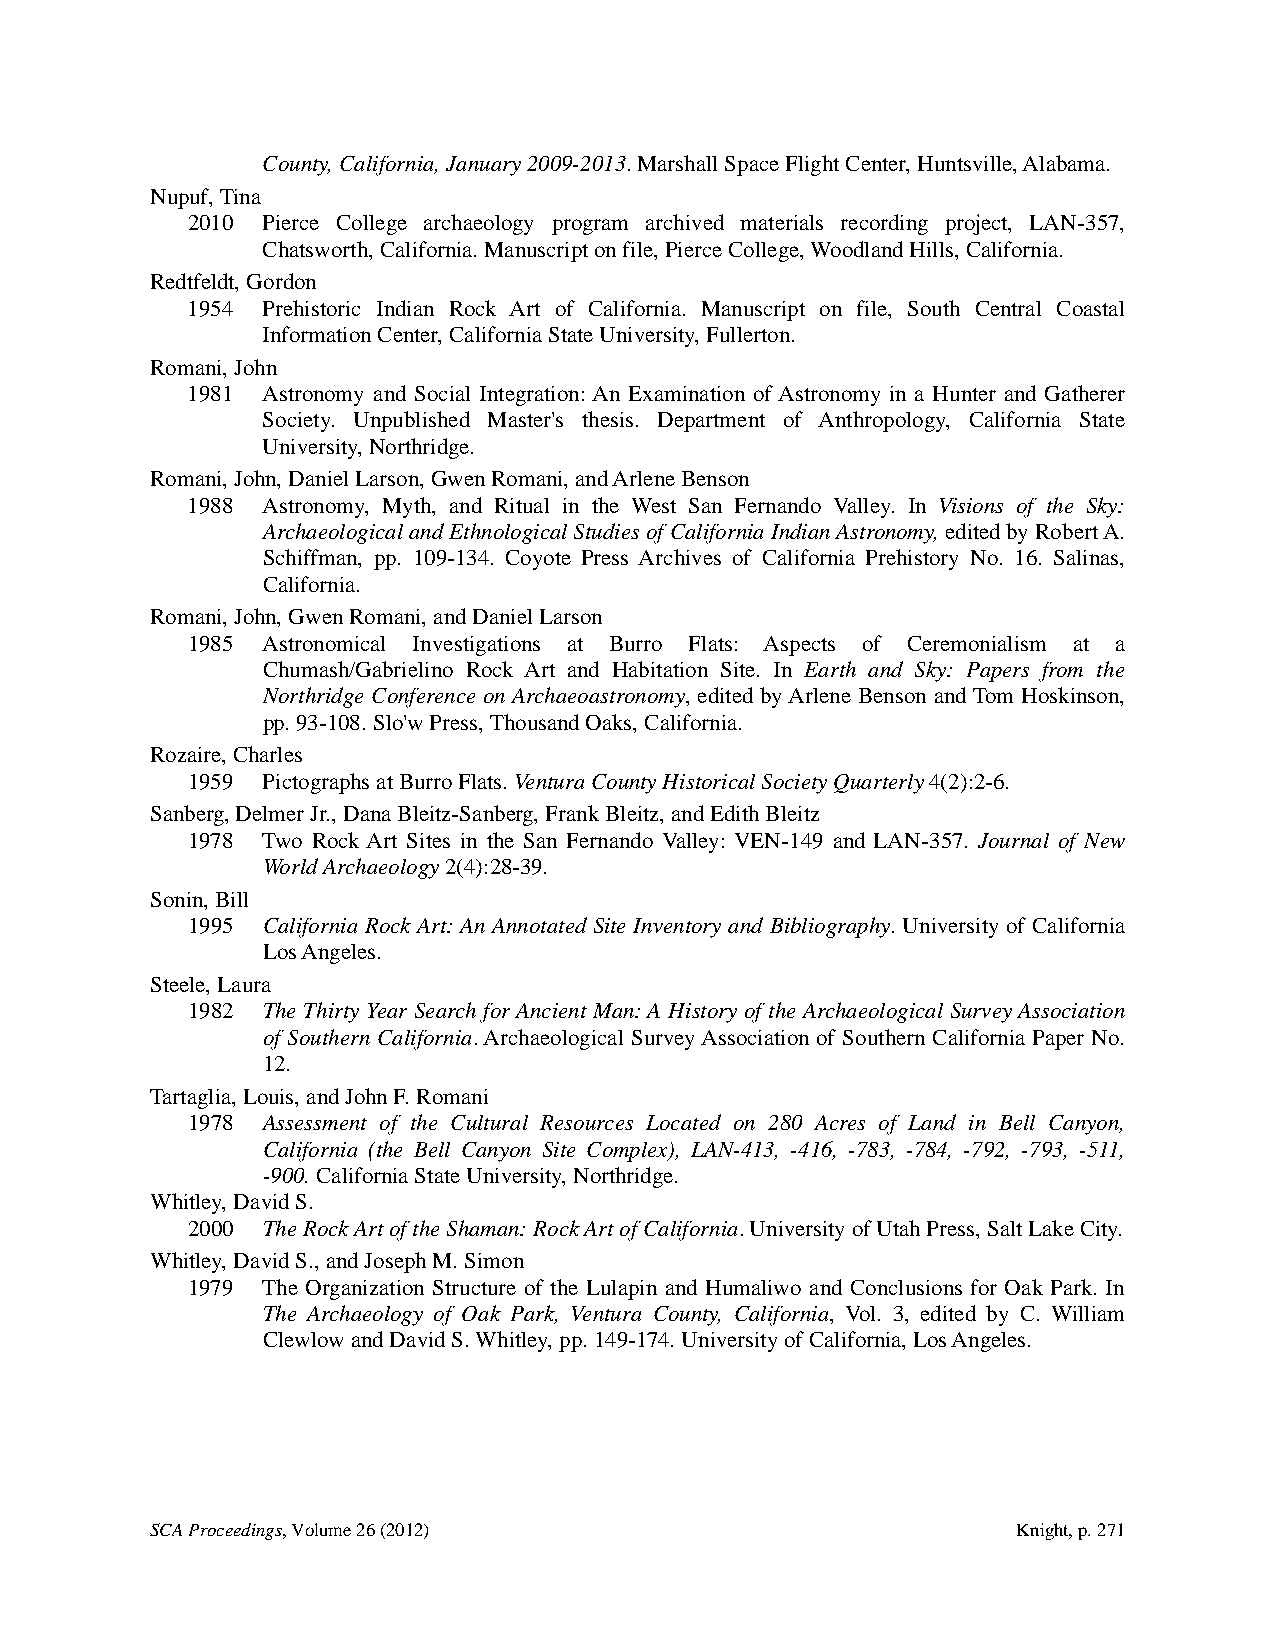
County, California, January 2009-2013. Marshall Space Flight Center, Huntsville, Alabama.
 Nupuf, Tina
 2010 Pierce College archaeology program archived materials recording project, LAN-357,
 Chatsworth, California. Manuscript on file, Pierce College, Woodland Hills, California.
 Redtfeldt, Gordon
 1954 Prehistoric Indian Rock Art of California. Manuscript on file, South Central Coastal
 Information Center, California State University, Fullerton.
 Romani, John
 1981 Astronomy and Social Integration: An Examination of Astronomy in a Hunter and Gatherer
 Society. Unpublished Master's thesis. Department of Anthropology, California State
 University, Northridge.
 Romani, John, Daniel Larson, Gwen Romani, and Arlene Benson
 1988 Astronomy, Myth, and Ritual in the West San Fernando Valley. In Visions of the Sky:
 Archaeological and Ethnological Studies of California Indian Astronomy, edited by Robert A.
 Schiffman, pp. 109-134. Coyote Press Archives of California Prehistory No. 16. Salinas,
 California.
 Romani, John, Gwen Romani, and Daniel Larson
 1985 Astronomical Investigations at Burro Flats: Aspects of Ceremonialism at a
 Chumash/Gabrielino Rock Art and Habitation Site. In Earth and Sky: Papers from the
 Northridge Conference on Archaeoastronomy, edited by Arlene Benson and Tom Hoskinson,
 pp. 93-108. Slo'w Press, Thousand Oaks, California.
 Rozaire, Charles
 1959 Pictographs at Burro Flats. Ventura County Historical Society Quarterly 4(2):2-6.
 Sanberg, Delmer Jr., Dana Bleitz-Sanberg, Frank Bleitz, and Edith Bleitz
 1978 Two Rock Art Sites in the San Fernando Valley: VEN-149 and LAN-357. Journal of New
 World Archaeology 2(4):28-39.
 Sonin, Bill
 1995 California Rock Art: An Annotated Site Inventory and Bibliography. University of California
 Los Angeles.
 Steele, Laura
 1982 The Thirty Year Search for Ancient Man: A History of the Archaeological Survey Association
 of Southern California. Archaeological Survey Association of Southern California Paper No.
 12.
 Tartaglia, Louis, and John F. Romani
 1978 Assessment of the Cultural Resources Located on 280 Acres of Land in Bell Canyon,
 California (the Bell Canyon Site Complex), LAN-413, -416, -783, -784, -792, -793, -511,
 -900. California State University, Northridge.
 Whitley, David S.
 2000 The Rock Art of the Shaman: Rock Art of California. University of Utah Press, Salt Lake City.
 Whitley, David S., and Joseph M. Simon
 1979 The Organization Structure of the Lulapin and Humaliwo and Conclusions for Oak Park. In
 The Archaeology of Oak Park, Ventura County, California, Vol. 3, edited by C. William
 Clewlow and David S. Whitley, pp. 149-174. University of California, Los Angeles.
 SCA Proceedings, Volume 26 (2012)                        Knight, p. 271